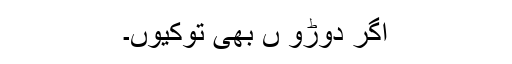
اگر دوڑو ں بھی توکیوں۔